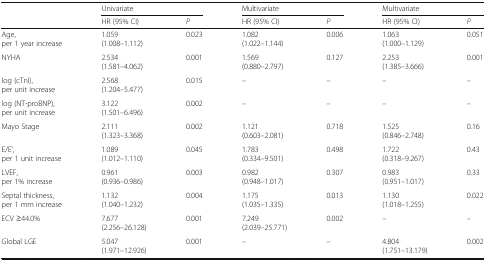
| <ROWSPAN=2>  | <COLSPAN=2> Univariate | <COLSPAN=2> Multivariate | <COLSPAN=2> Multivariate |
 | HR (95% CI) | P | HR (95% CI) | P | HR (95% CI) | P |
 | --- | --- | --- | --- | --- | --- | --- |
 | Age,per 1 year increase | 1.059(1.008–1.112) | 0.023 | 1.082(1.022–1.144) | 0.006 | 1.063(1.000–1.129) | 0.051 |
 | NYHA | 2.534(1.581–4.062) | 0.001 | 1.569(0.880–2.797) | 0.127 | 2.253(1.385–3.666) | 0.001 |
 | log (cTnI),per unit increase | 2.568(1.204–5.477) | 0.015 | – | – | – | – |
 | log (NT-proBNP),per unit increase | 3.122(1.501–6.496) | 0.002 | – | – | – | – |
 | Mayo Stage | 2.111(1.323–3.368) | 0.002 | 1.121(0.603–2.081) | 0.718 | 1.525(0.846–2.748) | 0.16 |
 | E/E’,per 1 unit increase | 1.089(1.012–1.110) | 0.045 | 1.783(0.334–9.501) | 0.498 | 1.722(0.318–9.267) | 0.43 |
 | LVEF,per 1% increase | 0.961(0.936–0.986) | 0.003 | 0.982(0.948–1.017) | 0.307 | 0.983(0.951–1.017) | 0.33 |
 | Septal thickness,per 1 mm increase | 1.132(1.040–1.232) | 0.004 | 1.175(1.035–1.335) | 0.013 | 1.130(1.018–1.255) | 0.022 |
 | ECV ≥44.0% | 7.677(2.256–26.128) | 0.001 | 7.249(2.039–25.771) | 0.002 | – | – |
 | Global LGE | 5.047(1.971–12.926) | 0.001 | – | – | 4.804(1.751–13.179) | 0.002 |